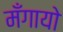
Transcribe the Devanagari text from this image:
मँगायो